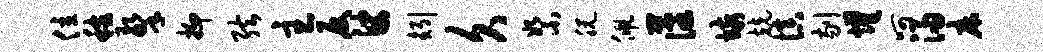
位稼擎抑弦主反娑矧久絮脱佩藩垓兢慎剔耀呵浸床